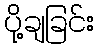
ပို့ချခြင်း